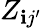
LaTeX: Z_{\mathbf{i}{j^{\prime}}}